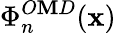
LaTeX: \Phi_{n}^{O\mathbf{M}D}(\textbf{{x}})